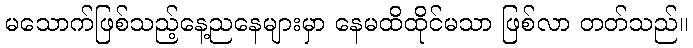
မသောက်ဖြစ်သည့်နေ့ညနေများမှာ နေမထိထိုင်မသာ ဖြစ်လာ တတ်သည်။